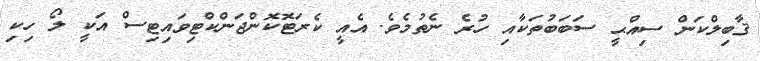
ޤާބިލްކަން ސިއްޙީ ސަބަބުތަކާއި ހުރެ ނެތުމެވެ. އެއީ ކެރަޓޮކޮންޖަންކްޓިވަައިޓިސް އަކީ ލޯ ހިކި